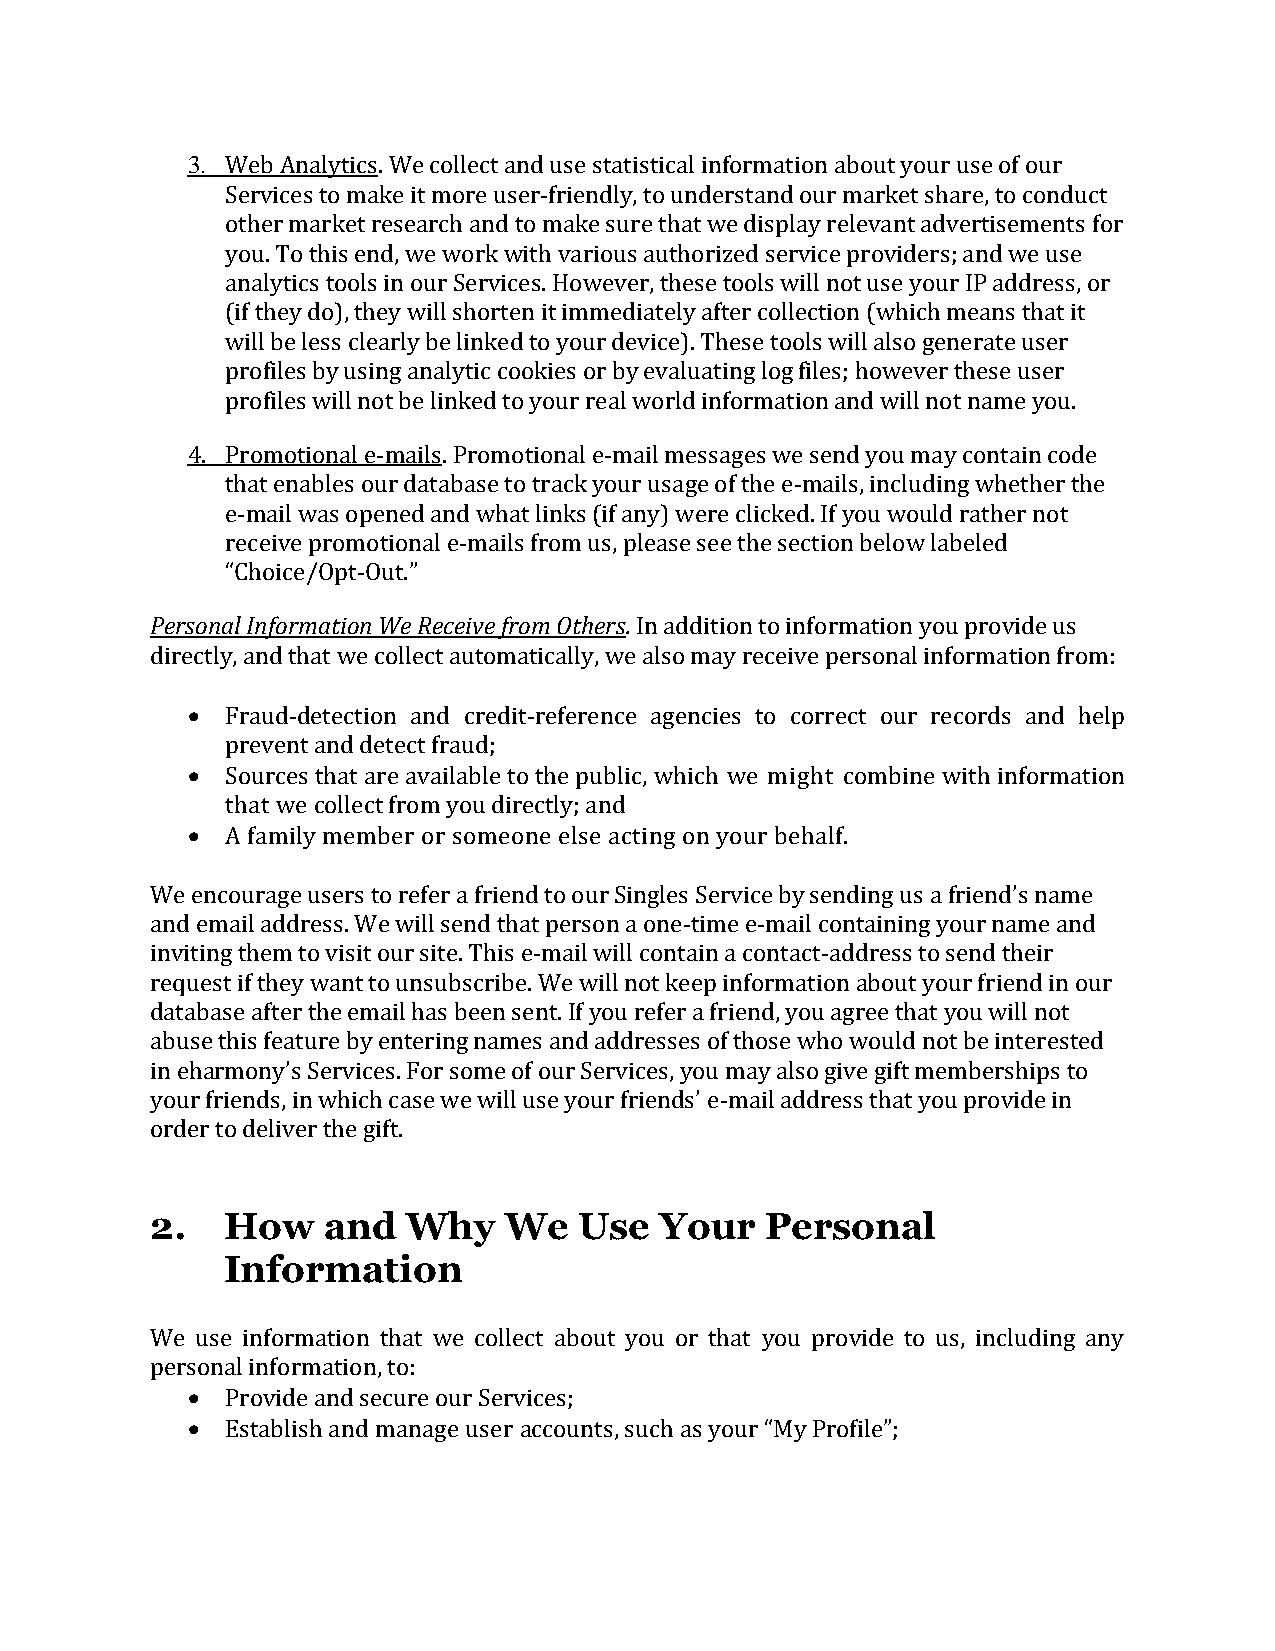
3. Web Analytics. We collect and use statistical information about your use of our
 Services to make it more user-friendly, to understand our market share, to conduct
 other market research and to make sure that we display relevant advertisements for
 you. To this end, we work with various authorized service providers; and we use
 analytics tools in our Services. However, these tools will not use your IP address, or
 (if they do), they will shorten it immediately after collection (which means that it
 will be less clearly be linked to your device). These tools will also generate user
 profiles by using analytic cookies or by evaluating log files; however these user
 profiles will not be linked to your real world information and will not name you.
 4. Promotional e-mails. Promotional e-mail messages we send you may contain code
 that enables our database to track your usage of the e-mails, including whether the
 e-mail was opened and what links (if any) were clicked. If you would rather not
 receive promotional e-mails from us, please see the section below labeled
 “Choice/Opt-Out.”
 Personal Information We Receive from Others. In addition to information you provide us
 directly, and that we collect automatically, we also may receive personal information from:
   Fraud-detection and credit-reference agencies to correct our records and help
 prevent and detect fraud;
   Sources that are available to the public, which we might combine with information
 that we collect from you directly; and
   A family member or someone else acting on your behalf.
 We encourage users to refer a friend to our Singles Service by sending us a friend’s name
 and email address. We will send that person a one-time e-mail containing your name and
 inviting them to visit our site. This e-mail will contain a contact-address to send their
 request if they want to unsubscribe. We will not keep information about your friend in our
 database after the email has been sent. If you refer a friend, you agree that you will not
 abuse this feature by entering names and addresses of those who would not be interested
 in eharmony’s Services. For some of our Services, you may also give gift memberships to
 your friends, in which case we will use your friends’ e-mail address that you provide in
 order to deliver the gift.
 2.   How   and   Why   We   Use   Your   Personal
 Information
 We use information that we collect about you or that you provide to us, including any
 personal information, to:
   Provide and secure our Services;
   Establish and manage user accounts, such as your “My Profile”;